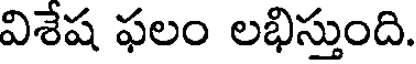
విశేష ఫలం లభిస్తుంది.